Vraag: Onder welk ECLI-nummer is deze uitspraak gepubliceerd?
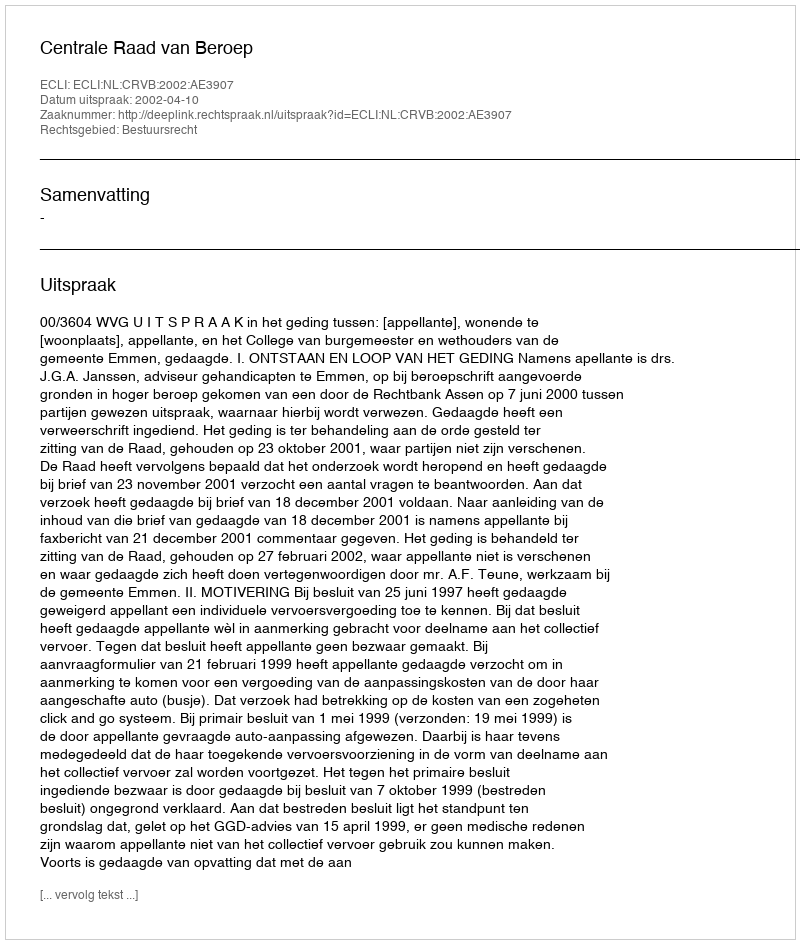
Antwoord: ECLI:NL:CRVB:2002:AE3907